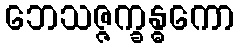
ဘေသဇ္ဇက္ခန္ဓကော